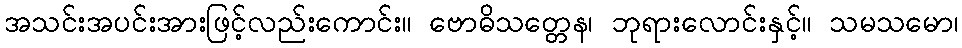
အသင်းအပင်းအားဖြင့်လည်းကောင်း။ ဗောဓိသတ္တေန၊ ဘုရားလောင်းနှင့်။ သမသမော၊